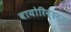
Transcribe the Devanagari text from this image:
वायोरिन्द्रस्य